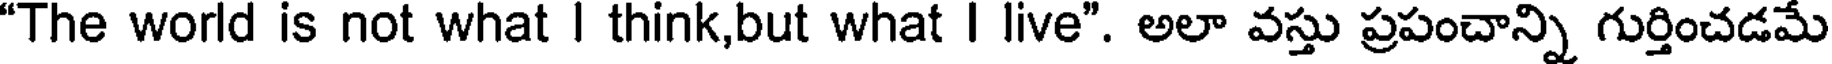
"The world is not what I think,but what I live". అలా వస్తు ప్రపంచాన్ని గుర్తించడమే